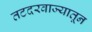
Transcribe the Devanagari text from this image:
तटदरवाज्यातून